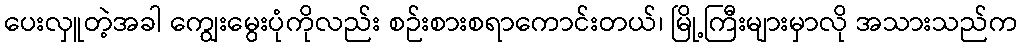
ပေးလှူတဲ့အခါ ကျွေးမွေးပုံကိုလည်း စဉ်းစားစရာကောင်းတယ်၊ မြို့ကြီးများမှာလို အသားသည်က